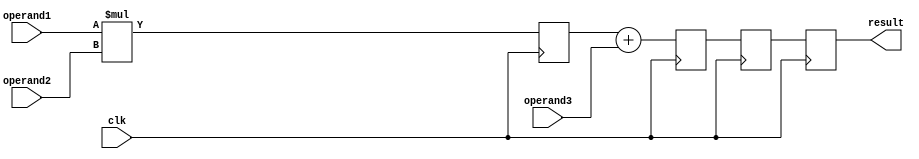
module fused_multiply_add_unit (
    input wire clk,
    input wire [63:0] operand1,
    input wire [63:0] operand2,
    input wire [63:0] operand3,
    output reg [63:0] result
);

reg [63:0] mul_result;
reg [63:0] add_result;
reg [63:0] temp_result;

// Multiplier
always @(posedge clk) begin
    mul_result = operand1 * operand2;
end

// Adder
always @(posedge clk) begin
    add_result = mul_result + operand3;
end

// Register file
always @(posedge clk) begin
    temp_result = add_result;
end

// Output result
always @(posedge clk) begin
    result = temp_result;
end

endmodule